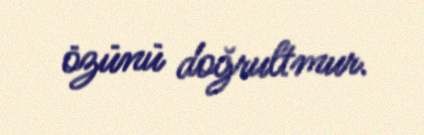
özünü doğrultmur.